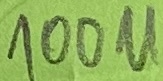
Text: 100u